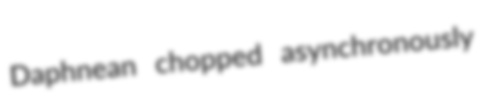
Daphnean chopped asynchronously